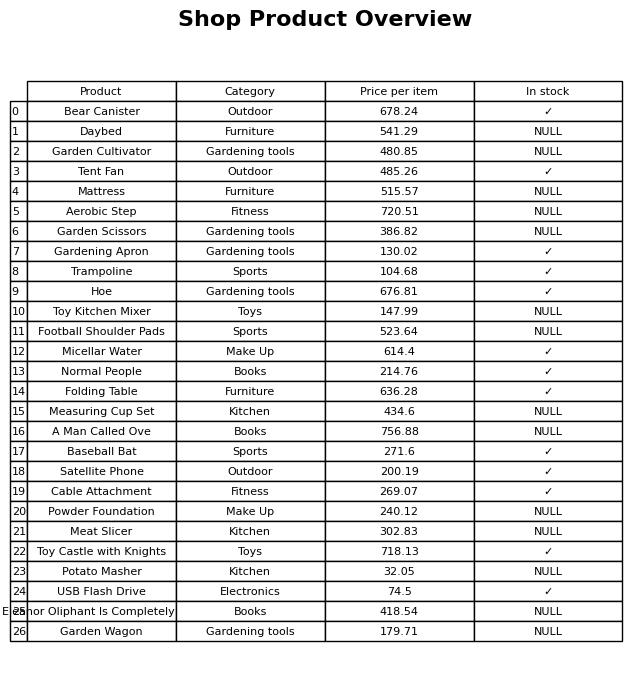
question: What is the stock status of the Powder Foundation?
answer: NULL